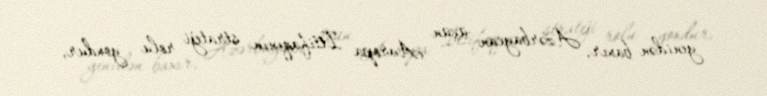
yenidən baxır, Azərbaycan üçün Avropa İttifaqının strateji rolu yoxdur,